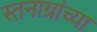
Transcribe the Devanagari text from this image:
स्तनाग्रांच्या